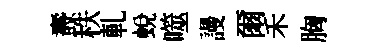
燾秩軋蜕噬謾爾禾胸